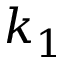
k _ { 1 }